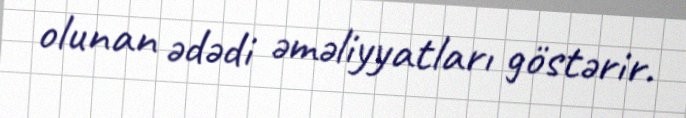
olunan ədədi əməliyyatları göstərir.